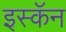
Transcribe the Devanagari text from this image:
इस्कॅन